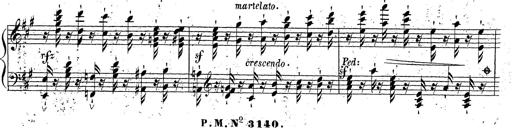
Title: Grande fantaisie sur la tyrolienne de l'opÃ©ra
Composer: Franz Liszt
Key: A major